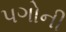
પગોની